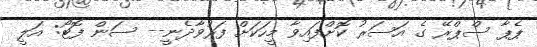
ޕެޕާ ސްޕްރޭ ގެ އަސަރު ކޮށްފައިވާ މީހަކަށް ފަރުވާދެނީ-- ސަން ފޮޓޯ: އަލީ